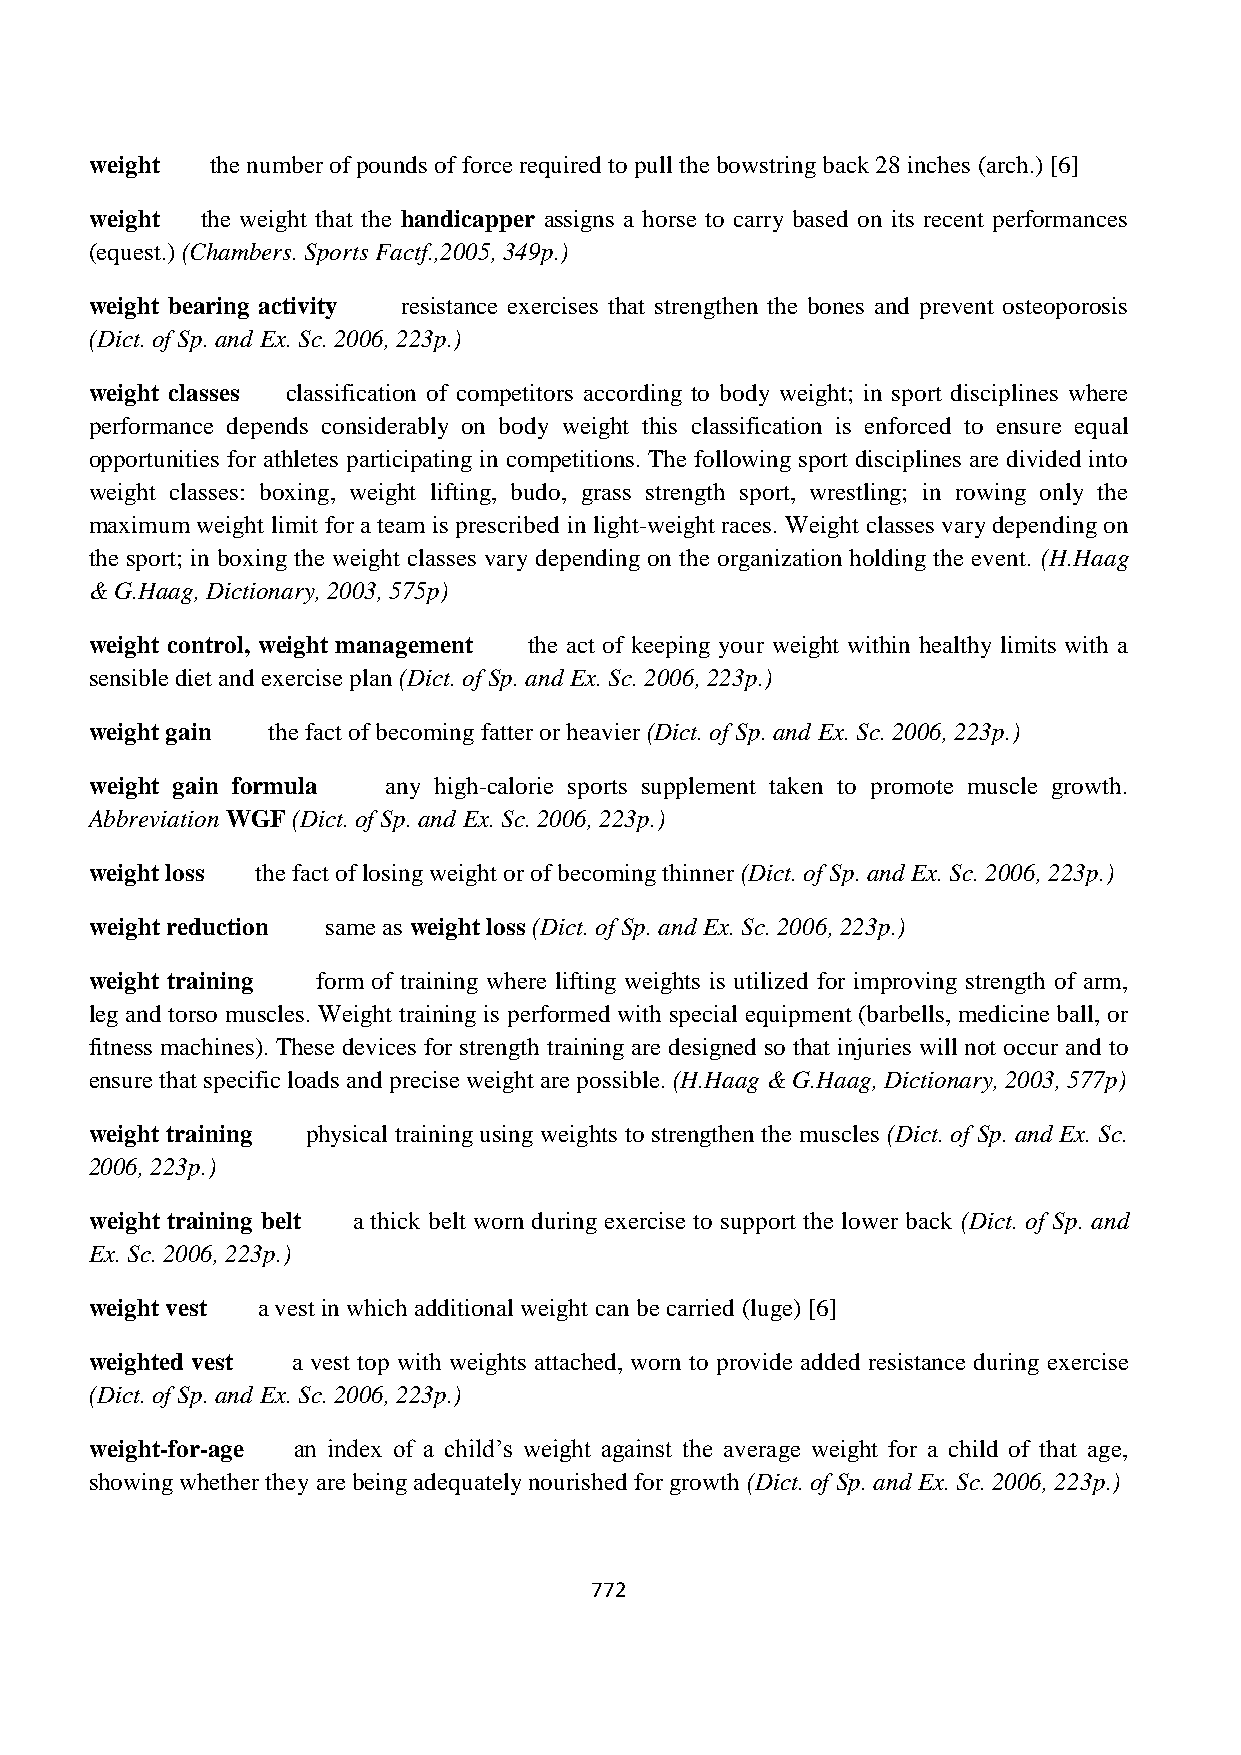
weight  the number of pounds of force required to pull the bowstring back 28 inches (arch.) [6]
 weight the weight that the handicapper assigns a horse to carry based on its recent performances
 (equest.) (Chambers. Sports Factf.,2005, 349p.)
 weight bearing activity resistance exercises that strengthen the bones and prevent osteoporosis
 (Dict. of Sp. and Ex. Sc. 2006, 223p.)
 weight classes classification of competitors according to body weight; in sport disciplines where
 performance depends considerably on body weight this classification is enforced to ensure equal
 opportunities for athletes participating in competitions. The following sport disciplines are divided into
 weight classes: boxing, weight lifting, budo, grass strength sport, wrestling; in rowing only the
 maximum weight limit for a team is prescribed in light-weight races. Weight classes vary depending on
 the sport; in boxing the weight classes vary depending on the organization holding the event. (H.Haag
 & G.Haag, Dictionary, 2003, 575p)
 weight control, weight management the act of keeping your weight within healthy limits with a
 sensible diet and exercise plan (Dict. of Sp. and Ex. Sc. 2006, 223p.)
 weight gain the fact of becoming fatter or heavier (Dict. of Sp. and Ex. Sc. 2006, 223p.)
 weight gain formula any high-calorie sports supplement taken to promote muscle growth.
 Abbreviation WGF (Dict. of Sp. and Ex. Sc. 2006, 223p.)
 weight loss the fact of losing weight or of becoming thinner (Dict. of Sp. and Ex. Sc. 2006, 223p.)
 weight reduction same as weight loss (Dict. of Sp. and Ex. Sc. 2006, 223p.)
 weight training form of training where lifting weights is utilized for improving strength of arm,
 leg and torso muscles. Weight training is performed with special equipment (barbells, medicine ball, or
 fitness machines). These devices for strength training are designed so that injuries will not occur and to
 ensure that specific loads and precise weight are possible. (H.Haag & G.Haag, Dictionary, 2003, 577p)
 weight training physical training using weights to strengthen the muscles (Dict. of Sp. and Ex. Sc.
 2006, 223p.)
 weight training belt a thick belt worn during exercise to support the lower back (Dict. of Sp. and
 Ex. Sc. 2006, 223p.)
 weight vest a vest in which additional weight can be carried (luge) [6]
 weighted vest a vest top with weights attached, worn to provide added resistance during exercise
 (Dict. of Sp. and Ex. Sc. 2006, 223p.)
 weight-for-age an index of a child‟s weight against the average weight for a child of that age,
 showing whether they are being adequately nourished for growth (Dict. of Sp. and Ex. Sc. 2006, 223p.)
 772